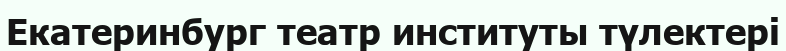
Екатеринбург театр институты түлектері